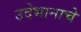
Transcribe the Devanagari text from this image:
उदेभानाचे